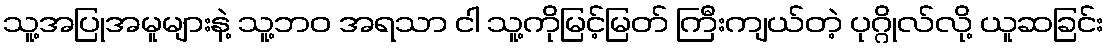
သူ့အပြုအမူများနဲ့ သူ့ဘဝ အရသာ ငါ သူ့ကိုမြင့်မြတ် ကြီးကျယ်တဲ့ ပုဂ္ဂိုလ်လို့ ယူဆခြင်း